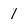
Character: 1